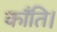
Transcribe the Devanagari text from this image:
कॉंति।